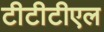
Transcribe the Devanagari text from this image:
टीटीटीएल